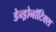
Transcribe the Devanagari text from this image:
डेन्ड्रोनॉटिक्स